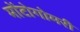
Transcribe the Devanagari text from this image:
मोंटोगोमरी